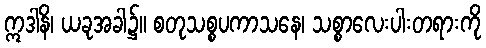
ဣဒါနိ၊ ယခုအခါ၌။ စတုသစ္စပကာသနေ၊ သစ္စာလေးပါးတရားကို